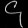
Digit: ၄